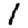
Digit: 1